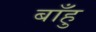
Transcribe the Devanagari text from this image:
बाँहु